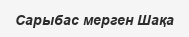
Сарыбас мерген Шақа